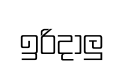
ඉරිදාලු